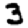
Digit: 3